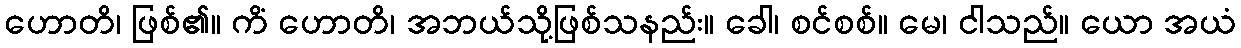
ဟောတိ၊ ဖြစ်၏။ ကိံ ဟောတိ၊ အဘယ်သို့ဖြစ်သနည်း။ ခေါ၊ စင်စစ်။ မေ၊ ငါသည်။ ယော အယံ